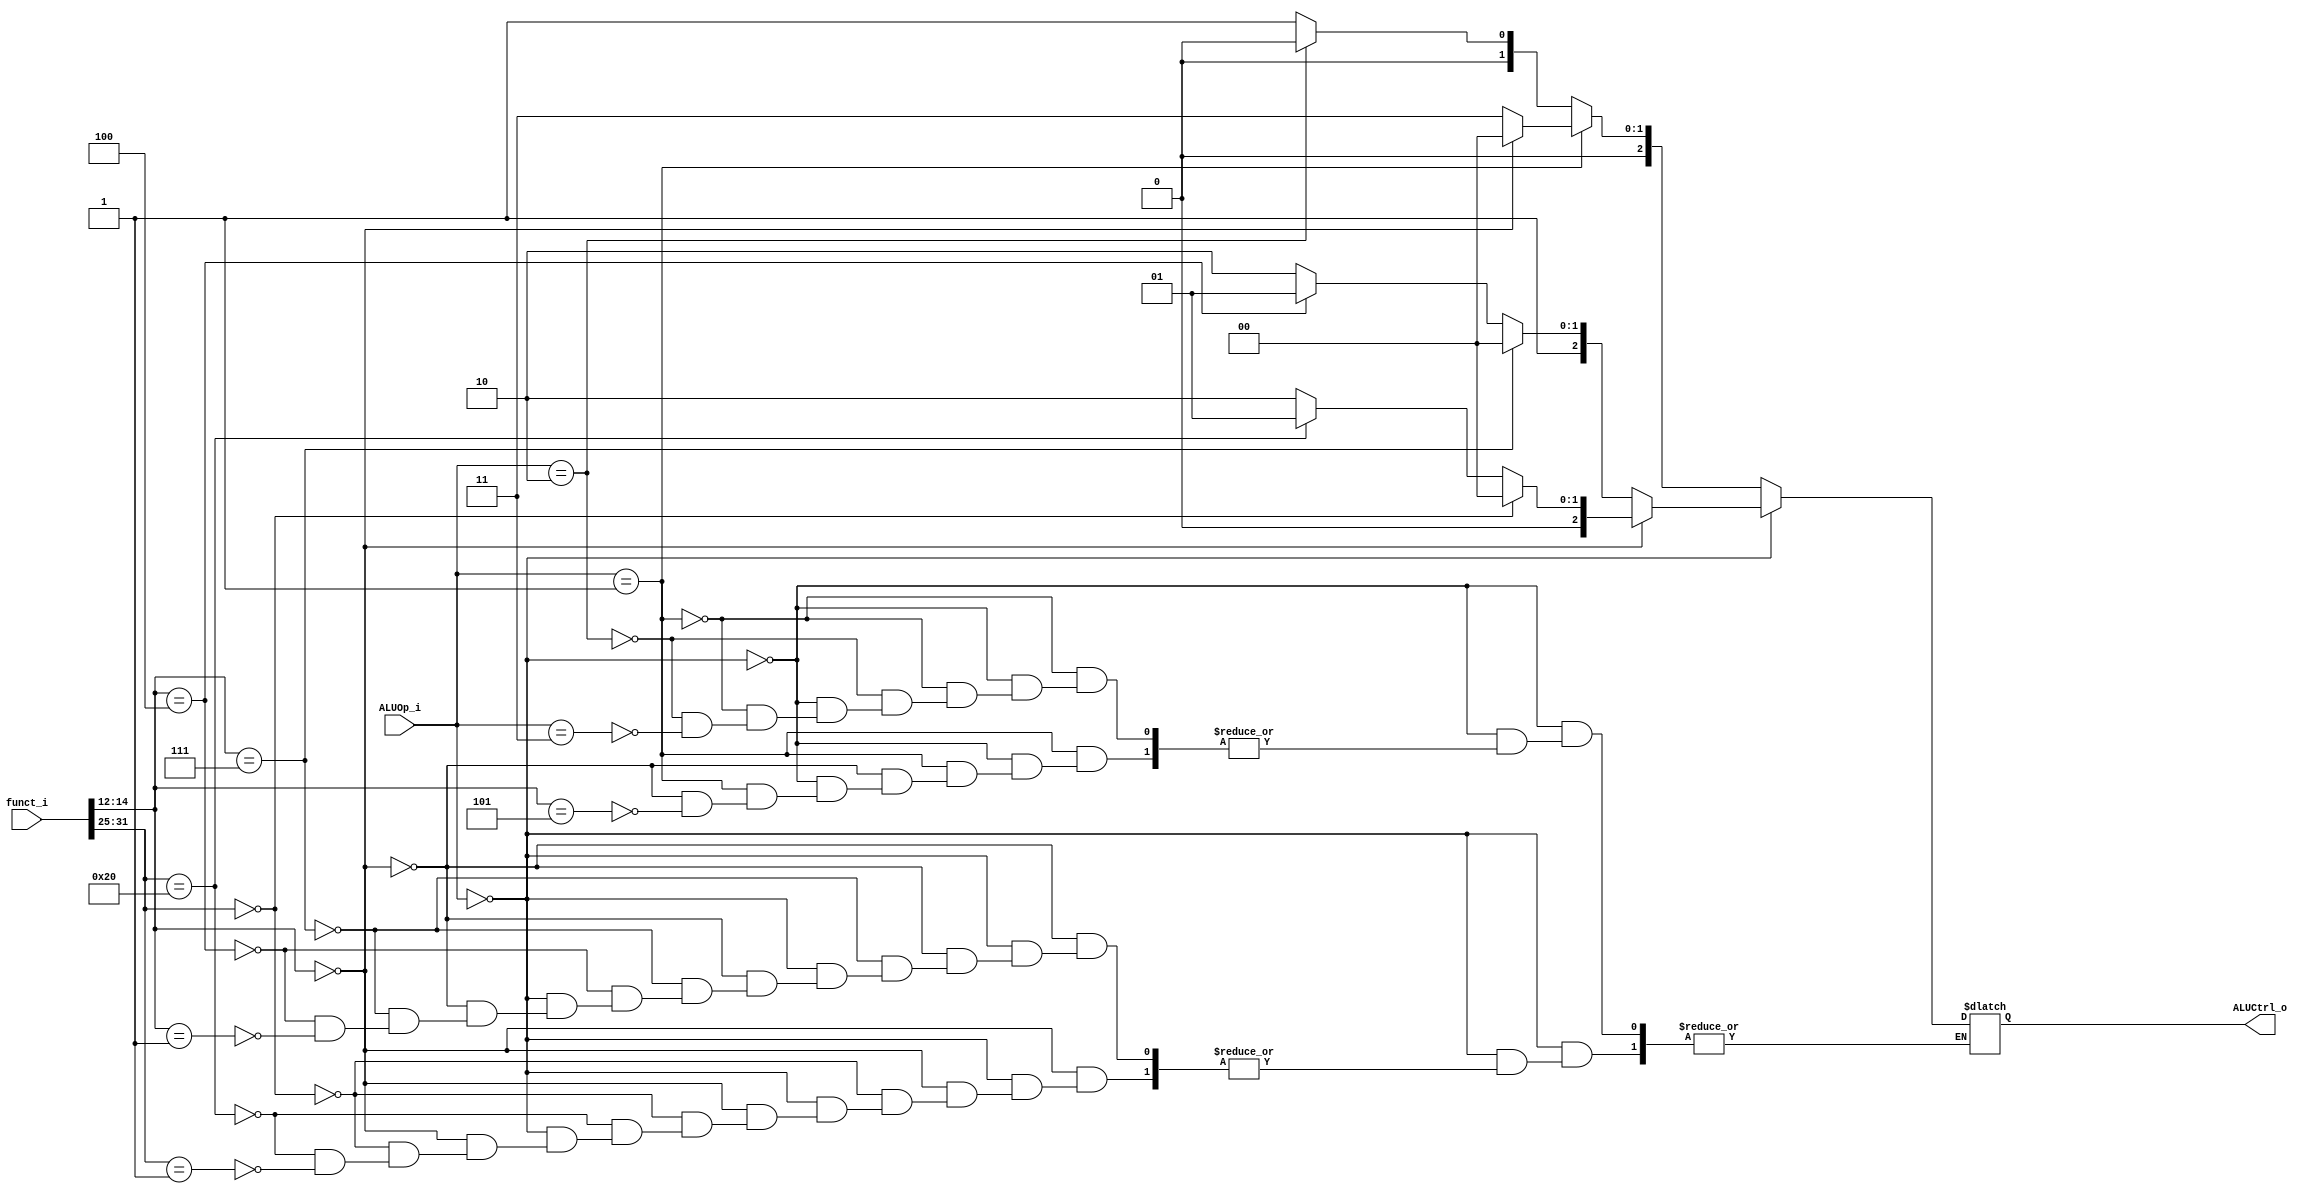
module ALU_Control
(
	funct_i,
	ALUOp_i,
	ALUCtrl_o
);

input [31:0] funct_i;
input [1:0] ALUOp_i; // instruction type

output [2:0] ALUCtrl_o; // ALU action

reg [2:0] control_reg; // use in always block (always blockregister)

assign ALUCtrl_o = control_reg;

always @(funct_i or ALUOp_i) // if one of them change do this always block
begin
    if(ALUOp_i == 2'b00)
    begin
        if(funct_i[14:12] == 3'b000)
        begin
            if(funct_i[31:25] == 7'b0000000)
            begin
                control_reg = 3'b000; // add
            end
            else if(funct_i[31:25] == 7'b0100000)
            begin
                control_reg = 3'b001; // sub
            end
            else if(funct_i[31:25] == 7'b0000001)
            begin
                control_reg = 3'b010; // mul
            end
        end
        else if(funct_i[14:12] == 3'b111)
        begin
            control_reg = 3'b100; // and
        end
        else if(funct_i[14:12] == 3'b100)
        begin
            control_reg = 3'b101; // xor
        end
        else if(funct_i[14:12] == 3'b001)
        begin
            control_reg = 3'b110; // sll
        end
    end
    else if(ALUOp_i == 2'b01)
    begin
        if(funct_i[14:12] == 3'b000)
        begin
            control_reg = 3'b000; // addi
        end
        else if(funct_i[14:12] == 3'b101)
        begin
            control_reg = 3'b011; // srai
        end
    end
    else if(ALUOp_i == 2'b10)
    begin
        control_reg = 3'b000; // lw, sw
    end
    else if(ALUOp_i == 2'b11)
    begin
        control_reg = 3'b001; // beq
    end
end

endmodule